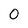
Character: 0